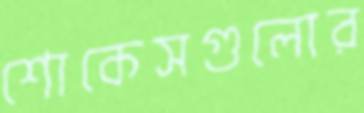
শোকেসগুলোর